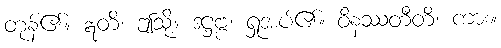
တုန်၏။ ဣတိ၊ ဤသို့။ ဒဋ္ဌဗ္ဗံ၊ ရှုအပ်၏။ ဝိနဿတီတိ၊ ကား။